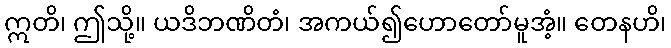
ဣတိ၊ ဤသို့။ ယဒိဘဏိတံ၊ အကယ်၍ဟောတော်မူအံ့။ တေနဟိ၊